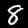
Label: 8